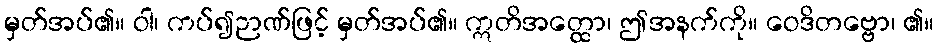
မှတ်အပ်၏။ ဝါ၊ ကပ်၍ဉာဏ်ဖြင့် မှတ်အပ်၏။ ဣတိအတ္ထော၊ ဤအနက်ကို။ ဝေဒိတဗ္ဗော၊ ၏။